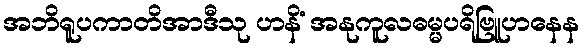
အဘိရူပကာတိအာဒီသု ဟနိံ အနုကူလဓမ္မပရိဗြူဟနေန